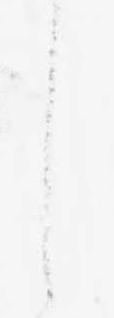
し